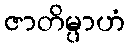
ဇာတိမ္ပာဟံ